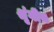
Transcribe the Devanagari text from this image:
श्रृंगीय